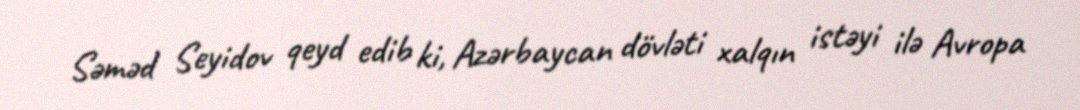
Səməd Seyidov qeyd edib ki, Azərbaycan dövləti xalqın istəyi ilə Avropa